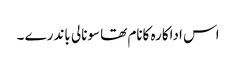
اس اداکارہ کانام تھا سونالی باندرے ۔